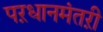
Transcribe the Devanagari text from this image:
पऱधानमंतऱी